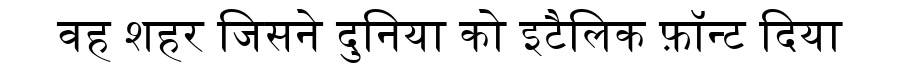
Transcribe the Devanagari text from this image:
वह शहर जिसने दुनिया को इटैलिक फ़ॉन्ट दिया